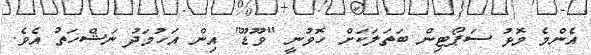
އެންމެ މޮޅު ސަޕޯޓިން ބަތަލަކަށް ހޮވުނީ "ވޫޑޫ" އިން އަހުމަދު ނަޝްހަތު އެވެ.